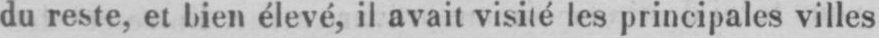
du reste, et bien élevé, il avait visité les principales villes